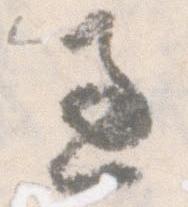
過